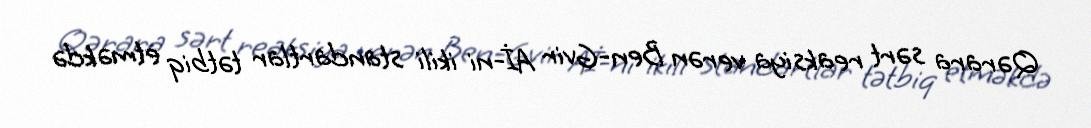
Qərara sərt reaksiya verən Ben-Gvir Aİ-ni ikili standartlar tətbiq etməkdə